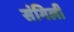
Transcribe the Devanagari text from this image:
संगिली